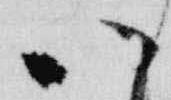
八